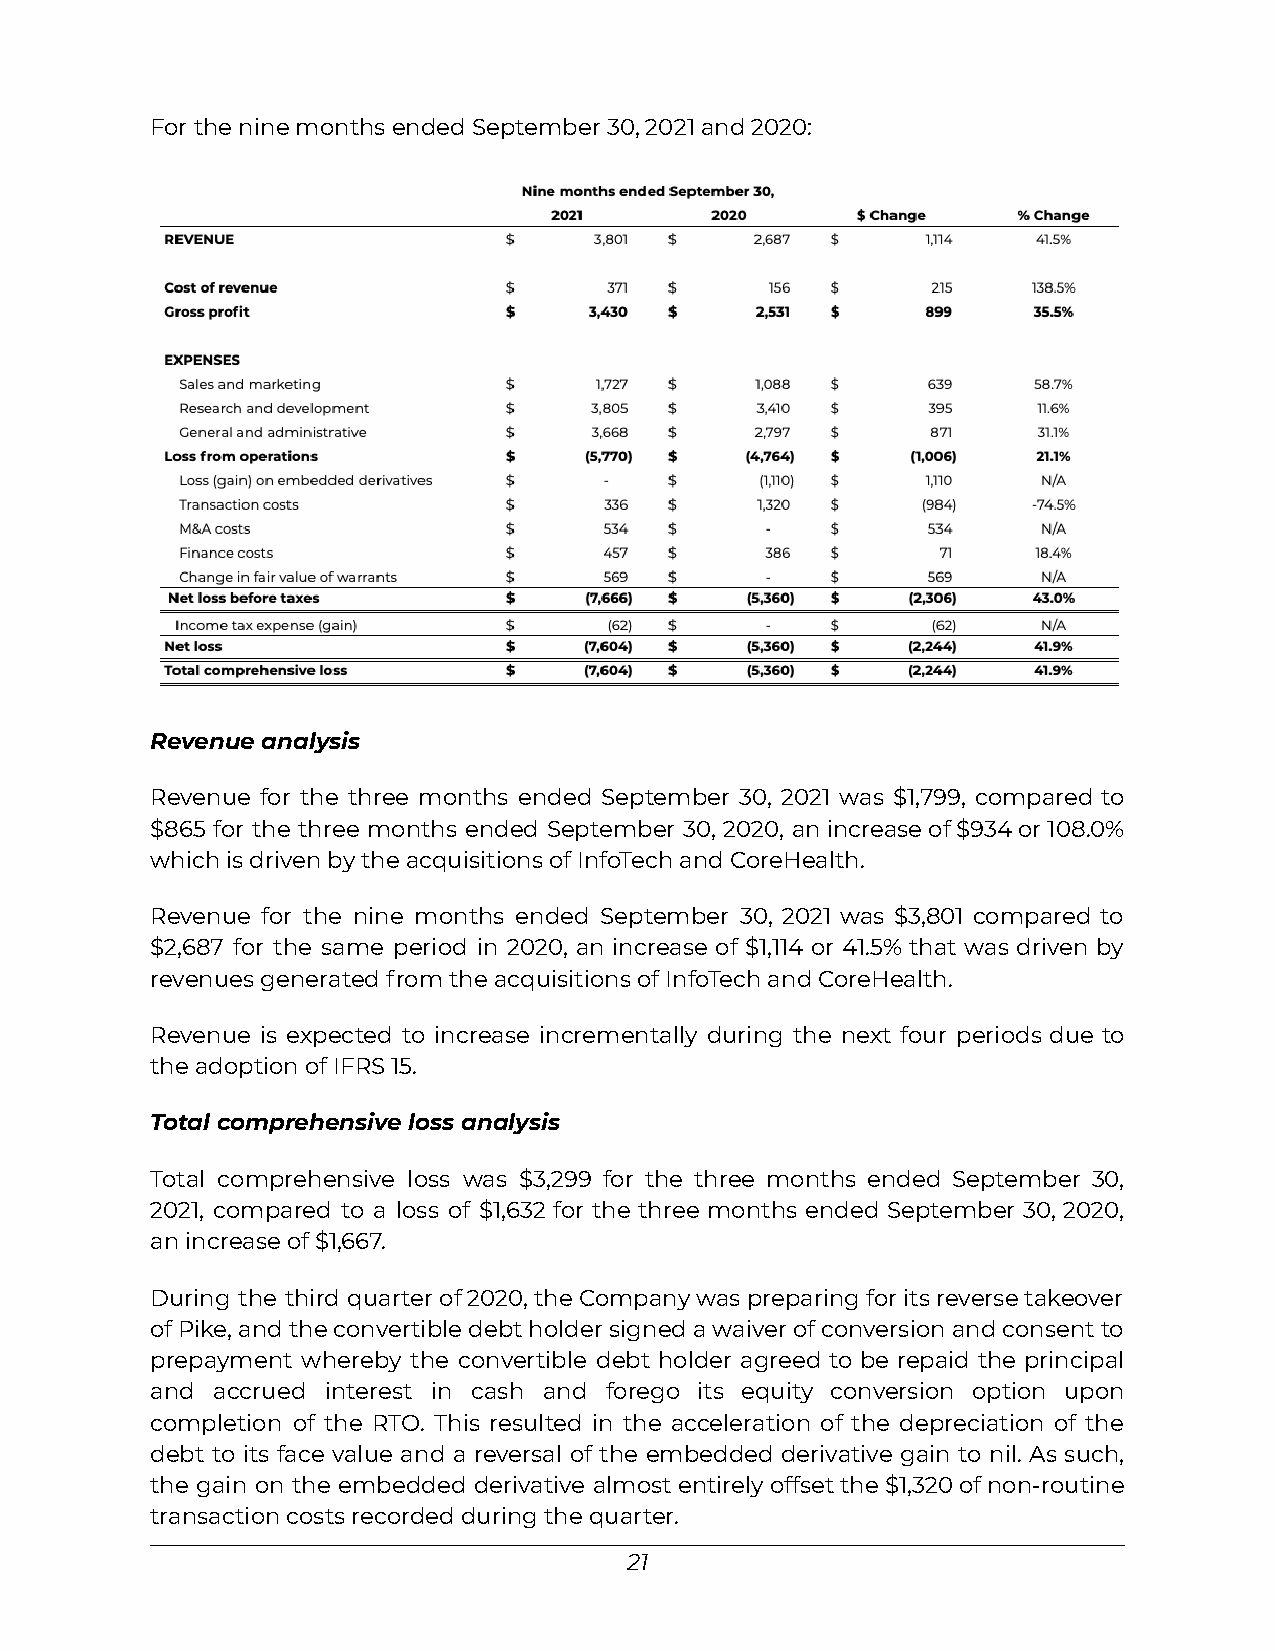
For the nine months ended September 30, 2021 and 2020:
 Revenue analysis
 Revenue for the three months ended September 30, 2021 was $1,799, compared to
 $865 for the three months ended September 30, 2020, anincreaseof$934or108.0%
 which is driven by the acquisitions of InfoTech and CoreHealth.
 Revenue for the nine months ended September 30, 2021 was $3,801 compared to
 $2,687 for the same period in 2020, an increase of $1,114 or 41.5% that was driven by
 revenues generated from the acquisitions of InfoTech and CoreHealth.
 Revenue is expected to increase incrementally during the next four periods due to
 the adoption of IFRS 15.
 Total comprehensive loss analysis
 Total comprehensive loss was $3,299 for the three months ended September 30,
 2021, compared to a loss of $1,632 for the three months ended September 30, 2020,
 an increase of $1,667.
 During the third quarterof2020,theCompanywaspreparingforitsreversetakeover
 ofPike,andtheconvertibledebtholdersignedawaiverofconversionandconsentto
 prepayment whereby the convertible debt holder agreed to be repaid the principal
 and accrued interest in cash and forego its equity conversion option upon
 completion of the RTO. This resulted in the acceleration of the depreciation of the
 debt to its face value and a reversal of the embedded derivative gain to nil. As such,
 the gain on the embedded derivative almostentirelyoffsetthe$1,320ofnon-routine
 transaction costs recorded during the quarter.
 21